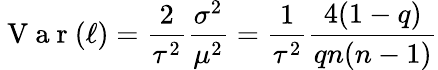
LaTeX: \mathrm{~V~a~r~}(\ell)=\frac{2}{\tau^{2}}\frac{\sigma^{2}}{\mu^{2}}=\frac{1}{\tau^{2}}\frac{4(1-q)}{qn(n-1)}